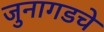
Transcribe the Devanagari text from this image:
जुनागडचे